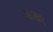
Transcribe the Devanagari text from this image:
मांजाए